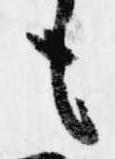
も